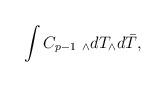
LaTeX: \begin{align*}\int C_{p-1}~ _\wedge dT_\wedge d \bar T,\end{align*}